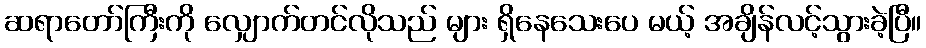
ဆရာတော်ကြီးကို လျှောက်တင်လိုသည် များ ရှိနေသေးပေ မယ့် အချိန်လင့်သွားခဲ့ပြီ။